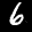
Label: 6